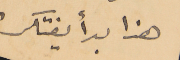
هذا بدأ يفتكر